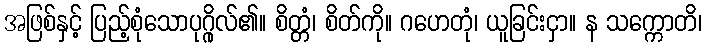
အဖြစ်နှင့် ပြည့်စုံသောပုဂ္ဂိုလ်၏။ စိတ္တံ၊ စိတ်ကို။ ဂဟေတုံ၊ ယူခြင်းငှာ။ န သက္ကောတိ၊